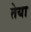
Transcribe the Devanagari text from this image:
तेया